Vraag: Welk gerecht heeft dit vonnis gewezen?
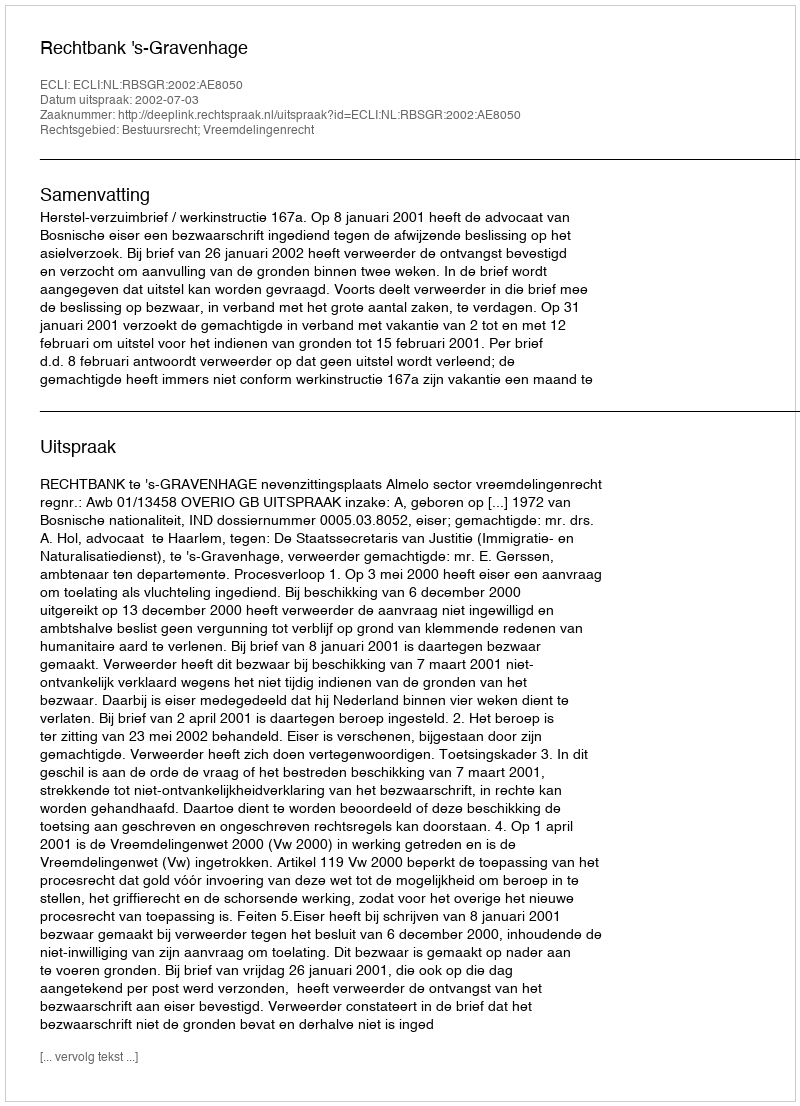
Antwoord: Rechtbank 's-Gravenhage